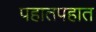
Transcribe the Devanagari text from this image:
पहातपहात